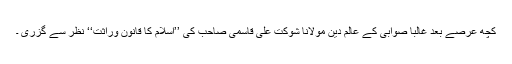
کچھ عرصے بعد غالبا صوابی کے عالم دین مولانا شوکت علی قاسمی صاحب کی ’’اسلام کا قانون وراثت‘‘ نظر سے گزری ۔